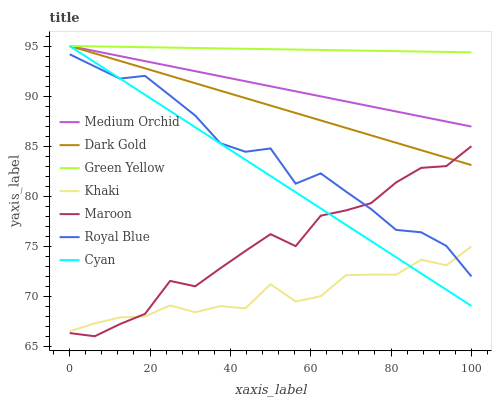
| xaxis_label | Medium Orchid | Dark Gold | Green Yellow | Khaki | Maroon | Royal Blue | Cyan |
 | --- | --- | --- | --- | --- | --- | --- | --- |
 | 0 | 95 | 95 | 95 | 66.5 | 66.3 | 94.2 | 95 |
 | 6.25 | 94.5 | 94.3 | 95 | 67.3 | 66 | 93 | 93.4 |
 | 12.5 | 94 | 93.5 | 94.9 | 67.9 | 67.2 | 91.7 | 91.8 |
 | 18.8 | 93.5 | 92.8 | 94.9 | 68 | 68.2 | 92 | 90.1 |
 | 25 | 93 | 92 | 94.8 | 69.1 | 71.5 | 90 | 88.5 |
 | 31.2 | 92.5 | 91.3 | 94.8 | 68.4 | 71 | 88.1 | 86.9 |
 | 37.5 | 92 | 90.5 | 94.8 | 69 | 72.8 | 85.3 | 85.3 |
 | 43.8 | 91.5 | 89.8 | 94.7 | 68.8 | 74.5 | 84.4 | 83.6 |
 | 50 | 91 | 89.1 | 94.7 | 71.2 | 76.2 | 84.8 | 82 |
 | 56.2 | 90.5 | 88.3 | 94.6 | 69.5 | 75 | 81.2 | 80.4 |
 | 62.5 | 90 | 87.6 | 94.6 | 70 | 78 | 82.3 | 78.8 |
 | 68.8 | 89.5 | 86.8 | 94.6 | 72.1 | 78.6 | 80.5 | 77.1 |
 | 75 | 89 | 86.1 | 94.5 | 72.2 | 79.3 | 78.7 | 75.5 |
 | 81.2 | 88.5 | 85.3 | 94.5 | 72.2 | 81.4 | 76.6 | 73.9 |
 | 87.5 | 88 | 84.6 | 94.4 | 73.6 | 82.8 | 76.4 | 72.3 |
 | 93.8 | 87.5 | 83.8 | 94.4 | 73.1 | 83 | 75 | 70.7 |
 | 100 | 87 | 83.1 | 94.4 | 75 | 85 | 72 | 69 |